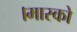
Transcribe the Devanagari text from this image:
।मास्को